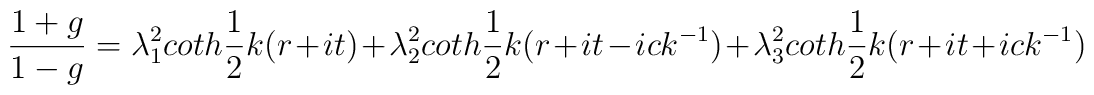
\frac{1+g}{1-g}=\lambda_1^2 coth\frac{1}{2} k(r+it) +\lambda_2^2coth\frac{1}{2} k(r+it - ic k^{-1}) + \lambda_3^2coth\frac{1}{2} k(r+it + ic k^{-1})